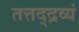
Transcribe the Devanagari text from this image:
तत्तद्द्रव्यं